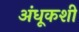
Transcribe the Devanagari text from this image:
अंधूकशी